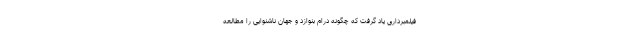
فیلمبرداری یاد گرفت که چگونه درام بنوازد و جهان ناشنوایی را مطالعه